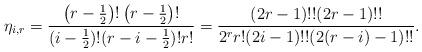
\begin{align*}\eta_{i,r}=\frac{\left(r-\frac{1}{2}\right)!\left(r-\frac{1}{2}\right)!} {(i-\frac{1}{2})!(r-i-\frac{1}{2})!r!}=\frac{(2r-1)!!(2r-1)!!} {2^{r}r!(2i-1)!!(2(r-i)-1)!!}.\end{align*}